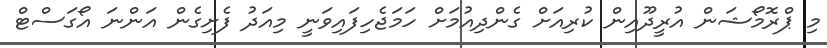
މި ޕްރޮމޯޝަން އުރީދޫއިން ކުރިއަށް ގެންދިއުމަށް ހަމަޖެހިފައިވަނީ މިއަދު ފެށިގެން އަންނަ އޯގަސްޓް